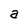
Character: a